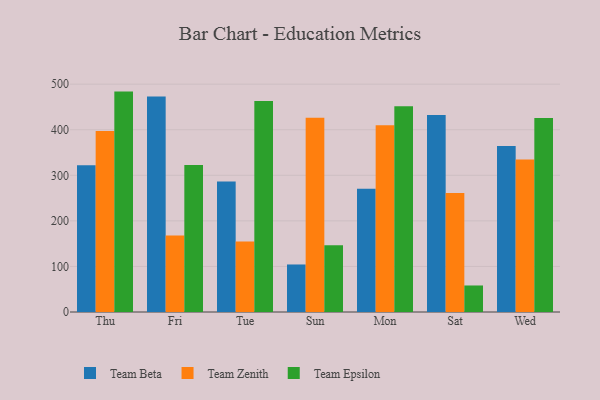
{"axis": {"x": "Day", "y": "Backlog"}, "legend": ["Team Beta", "Team Epsilon", "Team Zenith"], "data": [{"x": "Thu", "y": 322.0, "type": "Team Beta"}, {"x": "Thu", "y": 397.5, "type": "Team Zenith"}, {"x": "Thu", "y": 483.7, "type": "Team Epsilon"}, {"x": "Fri", "y": 472.8, "type": "Team Beta"}, {"x": "Fri", "y": 167.7, "type": "Team Zenith"}, {"x": "Fri", "y": 322.5, "type": "Team Epsilon"}, {"x": "Tue", "y": 286.5, "type": "Team Beta"}, {"x": "Tue", "y": 154.6, "type": "Team Zenith"}, {"x": "Tue", "y": 462.8, "type": "Team Epsilon"}, {"x": "Sun", "y": 104.3, "type": "Team Beta"}, {"x": "Sun", "y": 426.3, "type": "Team Zenith"}, {"x": "Sun", "y": 146.5, "type": "Team Epsilon"}, {"x": "Mon", "y": 270.6, "type": "Team Beta"}, {"x": "Mon", "y": 409.6, "type": "Team Zenith"}, {"x": "Mon", "y": 451.6, "type": "Team Epsilon"}, {"x": "Sat", "y": 432.2, "type": "Team Beta"}, {"x": "Sat", "y": 261.3, "type": "Team Zenith"}, {"x": "Sat", "y": 58.2, "type": "Team Epsilon"}, {"x": "Wed", "y": 364.4, "type": "Team Beta"}, {"x": "Wed", "y": 334.9, "type": "Team Zenith"}, {"x": "Wed", "y": 425.7, "type": "Team Epsilon"}]}